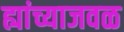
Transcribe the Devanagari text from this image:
ह्यांच्याजवळ